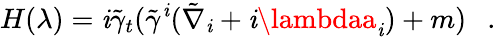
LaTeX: H(\lambda)=\mathit{i}\tilde{{\gamma}}_{t}(\tilde{{\gamma}}^{\mathit{i}}(\tilde{{\nabla}}_{\mathit{i}}+\mathit{i}\lambdaa_{\mathit{i}})+m)~~~.